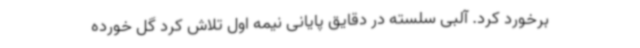
برخورد کرد. آلبی سلسته در دقایق پایانی نیمه اول تلاش کرد گل خورده